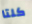
كلتا